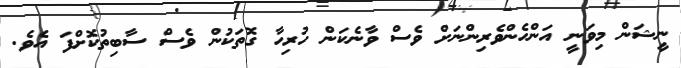
ނީޝަން މިވަނީ އަންހެންވެރިންނަށް ވެސް ވާނެކަން ހުރިހާ ގޮތަކުން ވެސް ސާބިތުކޮށްފަ އެވެ.